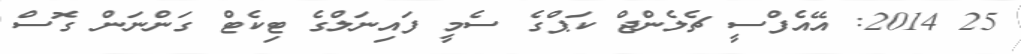
25 2014: އޭއެފްސީ ޗެލެންޖް ކަޕްގެ ސެމީ ފައިނަލްގެ ޓިކެޓް ގަންނަން ގޮސް